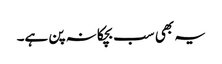
یہ بھی سب بچکانہ پن ہے۔